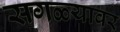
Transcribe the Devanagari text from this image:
सगळ्यावर